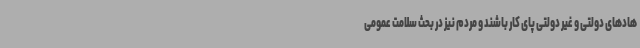
هادهای دولتی و غیر دولتی پای کار باشند و مردم نیز در بحث سلامت عمومی